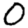
Digit: 0